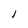
Character: i